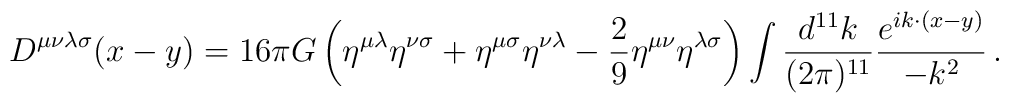
D^{\mu\nu\lambda\sigma}(x-y) = 16 \pi G \left(\eta^{\mu\lambda}\eta^{\nu\sigma} + \eta^{\mu \sigma} \eta^{\nu \lambda} - {2 \over 9}\eta^{\mu \nu} \eta^{\lambda \sigma} \right) \int {d^{11} k \over (2 \pi)^{11}}{e^{i k \cdot (x-y)} \over - k^2}\,.